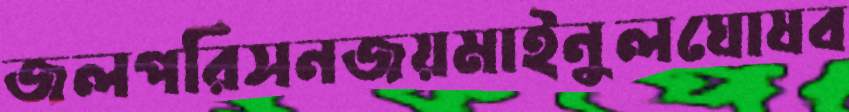
জলপরিসনজয়মাইনুলঘোষব